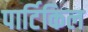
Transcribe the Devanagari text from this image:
पार्टिकिल